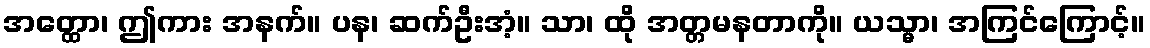
အတ္ထော၊ ဤကား အနက်။ ပန၊ ဆက်ဦးအံ့။ သာ၊ ထို အတ္တမနတာကို။ ယသ္မာ၊ အကြင်ကြောင့်။